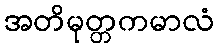
အတိမုတ္တကမာလံ